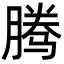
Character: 腾